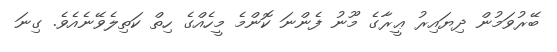
ބޭރުވަމުން ދިޔައިރު ޢީރާގެ މޫނު ފެންނަ ކޮންމެ މީހެއްގެ ހިތް ކަތިލެވޭނެއެވެ. ގިނަ